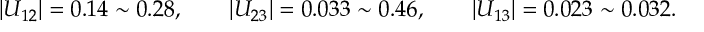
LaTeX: | U _ { 1 2 } | = 0 . 1 4 \sim 0 . 2 8 , \qquad | U _ { 2 3 } | = 0 . 0 3 3 \sim 0 . 4 6 , \qquad | U _ { 1 3 } | = 0 . 0 2 3 \sim 0 . 0 3 2 .